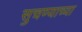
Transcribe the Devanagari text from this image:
सुचण्याच्या